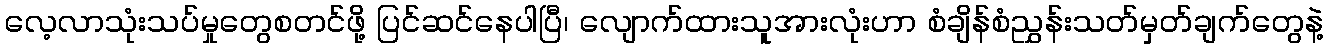
လေ့လာသုံးသပ်မှုတွေစတင်ဖို့ ပြင်ဆင်နေပါပြီ၊ လျောက်ထားသူအားလုံးဟာ စံချိန်စံညွှန်းသတ်မှတ်ချက်တွေနဲ့